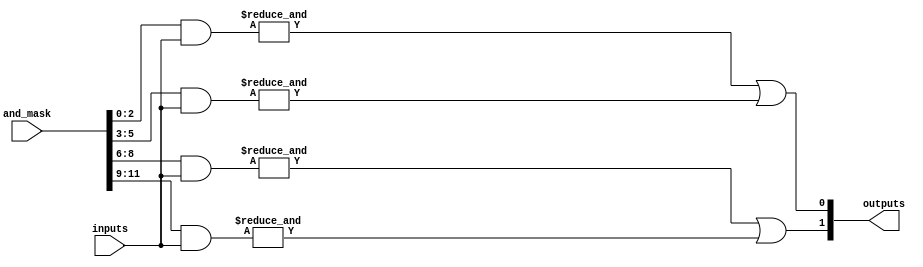
module MaskedPAL #(parameter NUM_INPUTS = 3,     // Number of inputs (A, B, C)
                   parameter NUM_AND = 4,        // Number of AND gates
                   parameter NUM_OUTPUTS = 2)    // Number of OR gates (outputs)
(
    input wire [NUM_INPUTS-1:0] inputs,          // Input lines
    input wire [NUM_AND*NUM_INPUTS-1:0] and_mask, // AND mask for programming connections
    output wire [NUM_OUTPUTS-1:0] outputs         // Output lines
);

// Declare wires for AND gate outputs
wire [NUM_AND-1:0] and_outputs;

// AND gate logic with masking
genvar i, j;
generate
    for (i = 0; i < NUM_AND; i = i + 1) begin: and_gate
        wire [NUM_INPUTS-1:0] and_input;
        assign and_input = (and_mask[i*NUM_INPUTS +: NUM_INPUTS] & inputs);
        assign and_outputs[i] = &and_input; // AND all inputs
    end
endgenerate

// Fixed OR Array logic
assign outputs[0] = and_outputs[0] | and_outputs[1]; // OR gate 1
assign outputs[1] = and_outputs[2] | and_outputs[3]; // OR gate 2

endmodule